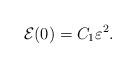
LaTeX: \begin{align*}\mathcal{E}(0)=C_1 \varepsilon^2.\end{align*}